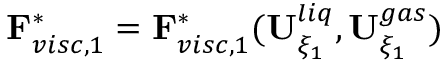
\mathbf { F } _ { v i s c , 1 } ^ { * } = \mathbf { F } _ { v i s c , 1 } ^ { * } ( \mathbf { U } _ { \xi _ { 1 } } ^ { l i q } , \mathbf { U } _ { \xi _ { 1 } } ^ { g a s } )